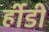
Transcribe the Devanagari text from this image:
र्हीडी